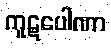
ကူဋပေါဏာ